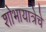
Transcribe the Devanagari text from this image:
शोभायात्रेचे